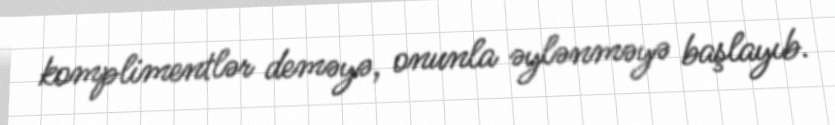
komplimentlər deməyə, onunla əylənməyə başlayıb.